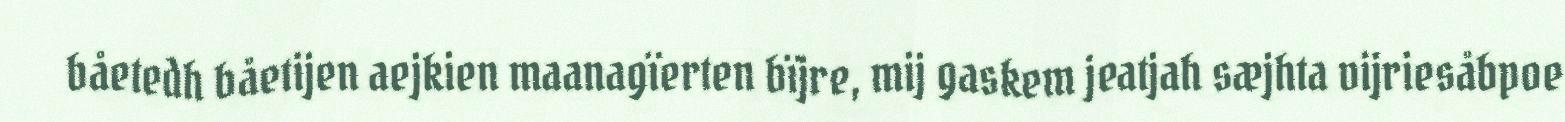
båetedh båetijen aejkien maanagïerten bïjre, mij gaskem jeatjah sæjhta vijriesåbpoe